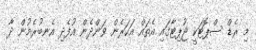
މި ރެޑް ސްޕޮޓަކީ ޖުޕިޓާގައި އެތައް އަހަރެން ވަންދެން އުފެދި އެނބުރެމުން ދާ